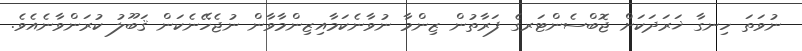
ނުވަތަ ހިނގާ ޚަރަދަކަށް ޖޮބްސެންޓަރގެ ފަރާތުން ޒިންމާ ނުވާނެކަމާއިޒިންމާވާން ނުޖެހޭނެކަން ޤަބޫލު ކުރަންވާނެއެވެ.